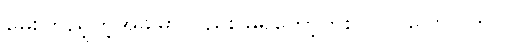
မေးကြည့်တဲ့အခါမှာလည်း မရှိတော့ဘူးလိုလို ပြောပါတယ်